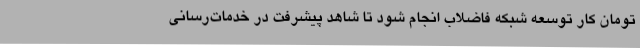
تومان کار توسعه شبکه فاضلاب انجام شود تا شاهد پیشرفت در خدمات‌رسانی